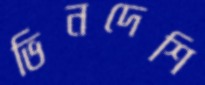
ভিনদেশি